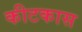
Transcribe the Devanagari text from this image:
कीटकास